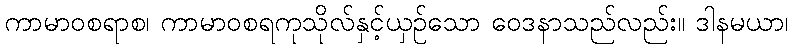
ကာမာဝစရာစ၊ ကာမာဝစရကုသိုလ်နှင့်ယှဉ်သော ဝေဒနာသည်လည်း။ ဒါနမယာ၊